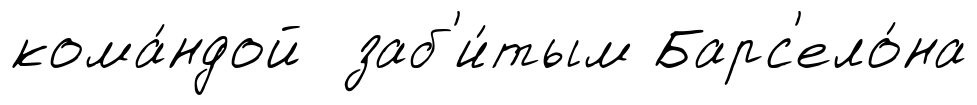
кома́ндой заб'и́тым Барс'ело́на